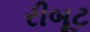
રીબૂટ